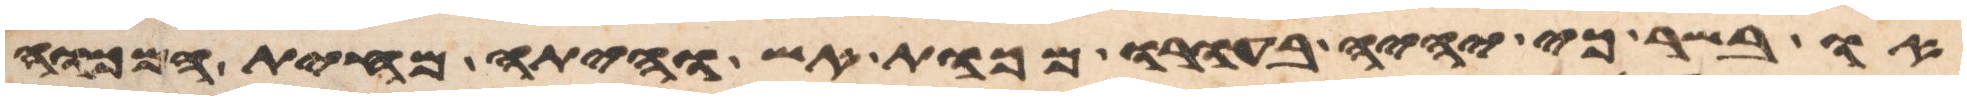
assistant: או בשר כי יהיה בעורו מכות אש והיתה מחית המכוה